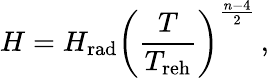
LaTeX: H=H_{\mathrm{rad}}\left(\frac{T}{T_{\mathrm{reh}}}\right)^{\frac{n-4}{2}}\, ,